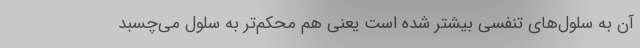
آن به سلول‌های تنفسی بیشتر شده است یعنی هم محکم‌تر به سلول می‌چسبد